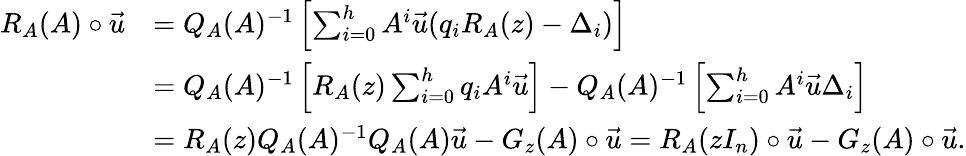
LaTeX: \begin{array}{rl}{R_{A}(A)\circ\vec{u}}&{=Q_{A}(A)^{-1}\left[\sum_{i=0}^{h}A^{i}\vec{u}(q_{i}R_{A}(z)-\Delta_{i})\right]}\\ &{=Q_{A}(A)^{-1}\left[R_{A}(z)\sum_{i=0}^{h}q_{i}A^{i}\vec{u}\right]-Q_{A}(A)^{-1}\left[\sum_{i=0}^{h}A^{i}\vec{u}\Delta_{i}\right]}\\ &{=R_{A}(z)Q_{A}(A)^{-1}Q_{A}(A)\vec{u}-G_{z}(A)\circ\vec{u}=R_{A}(zI_{n})\circ\vec{u}-G_{z}(A)\circ\vec{u}.}\end{array}